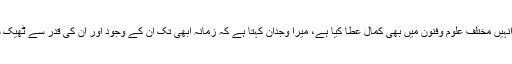
اس کے ساتھ اللہ نے انہیں مختلف علوم وفنون میں بھی کمال عطا کیا ہے، میرا وجدان کہتا ہے کہ زمانہ ابھی تک ان کے وجود اور ان کی قدر سے ٹھیک سے آشنا نہیں ہو پایا ۔